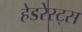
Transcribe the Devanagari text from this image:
हेडरेस्ट्स